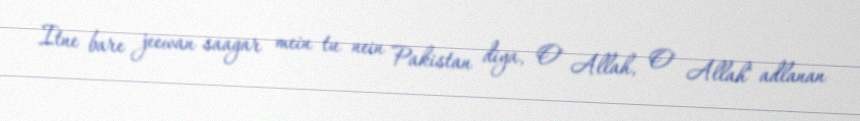
Itne bare jeewan saagar mein tu nein Pakistan diya, O' Allah, O' Allah" adlanan